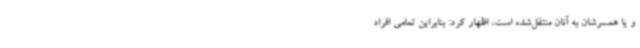
و یا همسرشان به آنان منتقل‌شده است، اظهار کرد: بنابراین‌ تمامی افراد